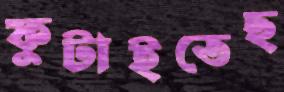
ফুটাইতেছ